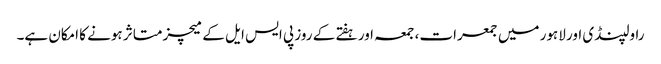
راولپنڈی اور لاہور میں جمعرات، جمعہ اور ہفتے کے روز پی ایس ایل کے میچز متاثر ہونے کا امکان ہے۔